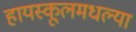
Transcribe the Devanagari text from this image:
हायस्कूलमधल्या